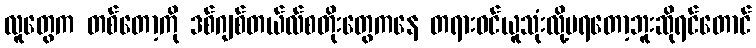
လူတွေက တစ်တော့ကို ဒစ်ဂျစ်တယ်လ်စတိုးတွေကနေ တရားဝင်ယူသုံးလို့မရတော့ဘူးဆိုရင်တောင်